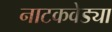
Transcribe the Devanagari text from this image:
नाटकवेड्या